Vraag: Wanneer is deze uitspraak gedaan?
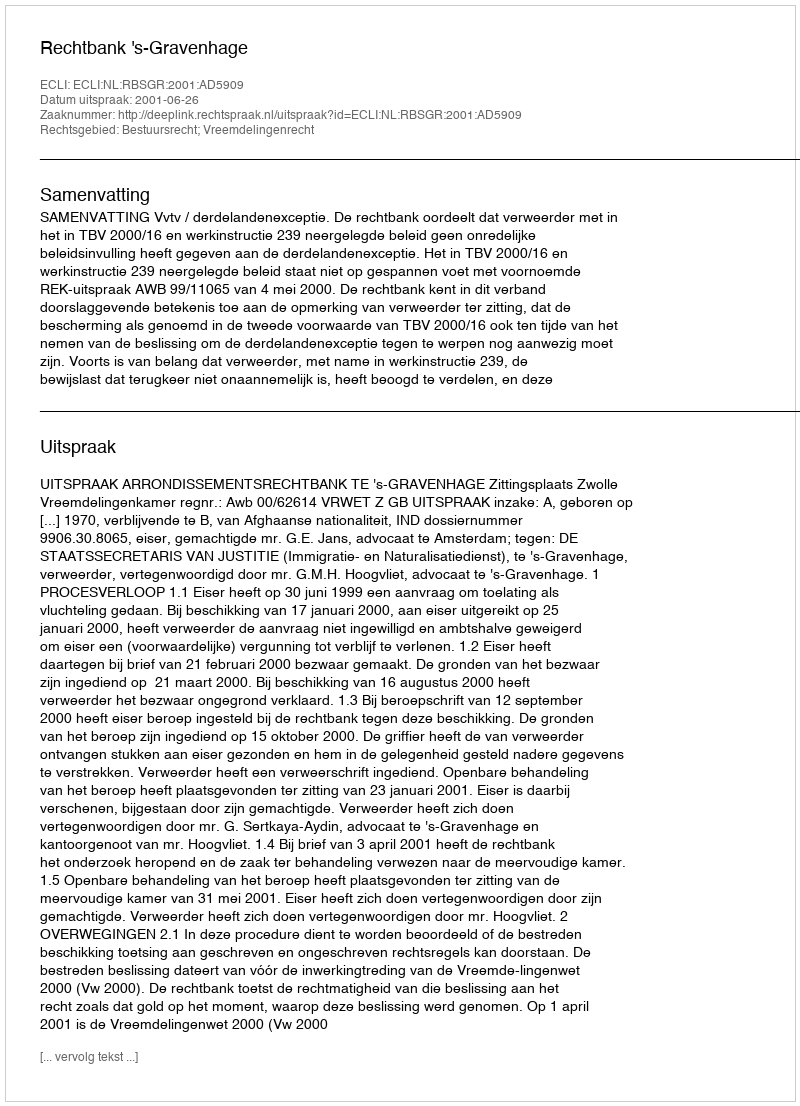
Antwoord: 2001-06-26